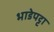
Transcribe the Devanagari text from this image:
भाडेपट्टा